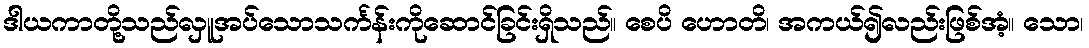
ဒါယကာတို့သည်လှူအပ်သောသင်္ကန်းကိုဆောင်ခြင်းရှိသည်။ စေပိ ဟောတိ၊ အကယ်၍လည်းဖြစ်အံ့။ သော၊